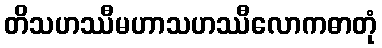
တိသဟဿီမဟာသဟဿီလောကဓာတုံ